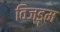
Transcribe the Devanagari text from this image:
विज्डम